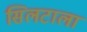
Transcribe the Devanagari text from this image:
सिलटाला